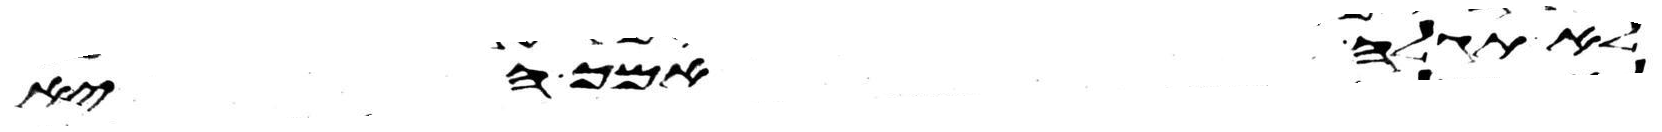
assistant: לא תגלה אמך היא